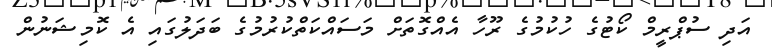
އަދި ސުޕްރީމް ކޯޓުގެ ހުކުމުގެ ރޫހާ އެއްގޮތަށް މަސައްކަތްކުރުމުގެ ބަދަލުގައި އެ ކޮމިޝަނުން